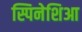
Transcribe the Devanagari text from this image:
स्पिनेशिआ